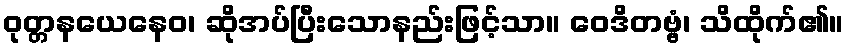
ဝုတ္တနယေနေဝ၊ ဆိုအပ်ပြီးသောနည်းဖြင့်သာ။ ဝေဒိတဗ္ဗံ၊ သိထိုက်၏။